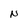
Character: N